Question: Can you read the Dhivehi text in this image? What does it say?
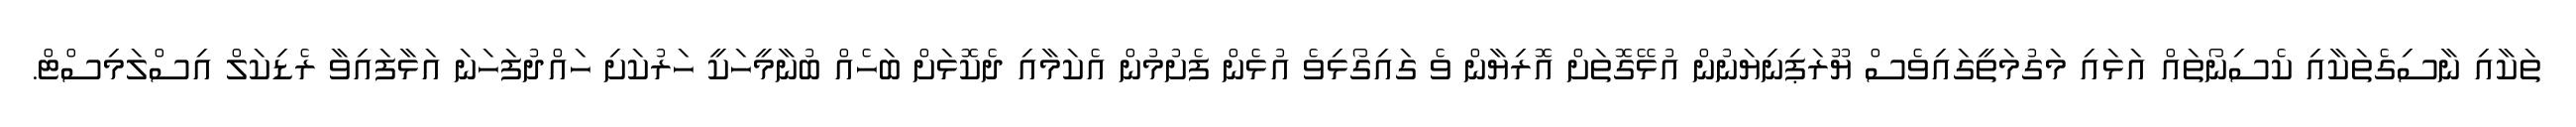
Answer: ތަކާއި ނާސިގެތަކާއި ކެސިނޯތައް އަޅައި މަގުމަތީގައިވެސް ޔޫރަޕިނިޔަނުން އުޅޭގޮތަށް އޮރިޔާން ވެ ގައިގޯޅިވެ އުޅެން ފެށުމުން އެކަމާއި ދެކޮޅަށް ބަހެއް ބުނާމީހަކީ ހަރުކަށި ހައްދުފަހަނަ އަޅާފައިވާ ރެޑިކަލް އިސްލަމިސްޓް.